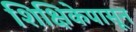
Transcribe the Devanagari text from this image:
शिक्षिकेपासून